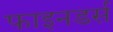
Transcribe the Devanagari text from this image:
फाइनडर्स